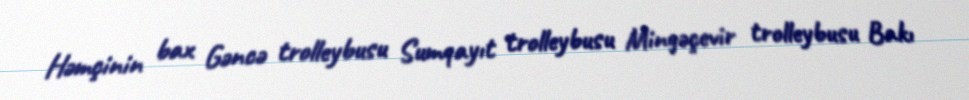
Həmçinin bax Gəncə trolleybusu Sumqayıt trolleybusu Mingəçevir trolleybusu Bakı